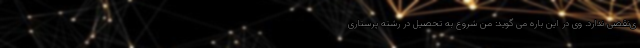
ی‌نقصی ندارد. وی در این باره می گوید: من شروع به تحصیل در رشته پرستاری